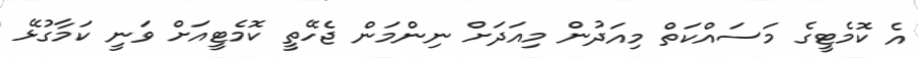
އެ ކޮމެޓީގެ މަސައްކަތް މިއަދުން މިއަދަށް ނިންމަން ޖެހޭތީ ކޮމެޓީއަށް ވަނީ ކަމާގުޅޭ